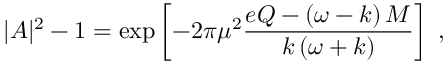
| A | ^ { 2 } - 1 = \exp \left[ - 2 \pi \mu ^ { 2 } \frac { e Q - \left( \omega - k \right) M } { k \left( \omega + k \right) } \right] \; ,